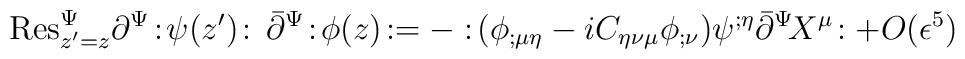
{\rm Res}_{z^{\prime}=z}^{\Psi}\partial^{\Psi}\!:\!\psi(z^{\prime})\!:\,\bar{\partial}^{\Psi}\!:\!\phi(z)\!:=-:\!(\phi_{;\mu\eta}-iC_{\eta\nu\mu}\phi_{;\nu})\psi^{;\eta}\bar{\partial}^{\Psi}\! X^{\mu}\!:+O(\epsilon^5)